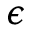
\epsilon